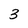
Character: 3